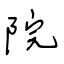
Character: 院